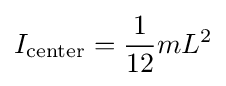
I_{\mathrm {center} }={\frac {1}{12}}mL^{2}\,\!